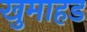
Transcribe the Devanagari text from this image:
खुमाहड